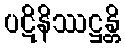
ပဋိနိဿဋ္ဌန္တိ